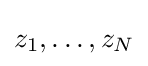
z_{1},\dots ,z_{N}